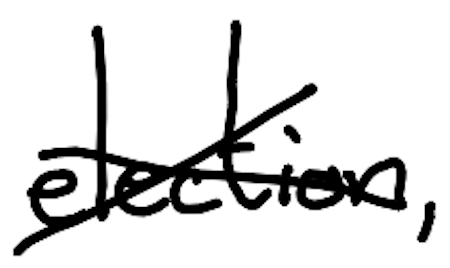
Text: election,
Cross-out: mix
Writing tool: digital_black